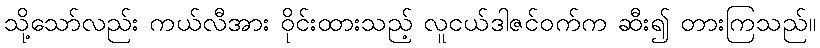
သို့သော်လည်း ကယ်လီအား ဝိုင်းထားသည့် လူငယ်ဒါဇင်ဝက်က ဆီး၍ တားကြသည်။